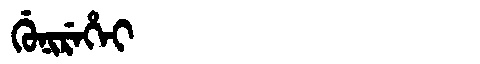
Manchu: ᡤᡠᠨᡳᡵᡝᡥᡝᡳ
Romanization: GUNIREHEI